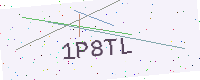
Text: 1P8TL